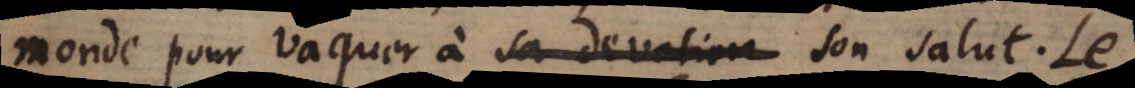
monde pour vaquer à sa devotion son salut. Le